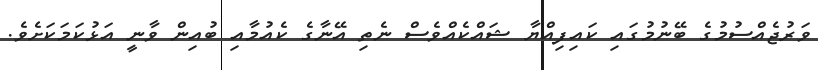
ވަރުޖެއްސުމުގެ ބޭނުމުގައި ކައިފިއްޔާ ޝައްކެއްވެސް ނެތި އޭނާގެ ކެއުމާއި ބުއިން ވާނީ އަޅުކަމަކަށެވެ.